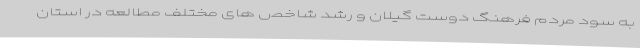
به سود مردم فرهنگ دوست گیلان و رشد شاخص های مختلف مطالعه در استان